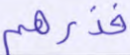
فذرهم